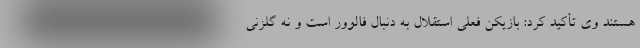
هستند وی تأکید کرد: بازیکن فعلی استقلال به دنبال فالوور است و نه گلزنی